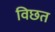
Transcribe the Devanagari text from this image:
विछत